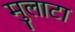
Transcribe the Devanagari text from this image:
मुलाटा